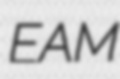
EAM